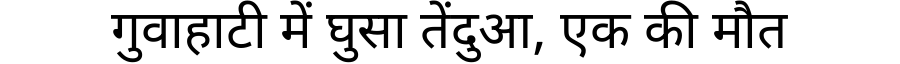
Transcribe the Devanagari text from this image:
गुवाहाटी में घुसा तेंदुआ, एक की मौत